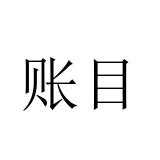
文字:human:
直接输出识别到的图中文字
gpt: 账目